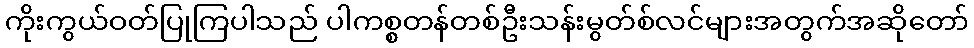
ကိုးကွယ်ဝတ်ပြုကြပါသည် ပါကစ္စတန်တစ်ဦးသန်းမွတ်စ်လင်များအတွက်အဆိုတော်